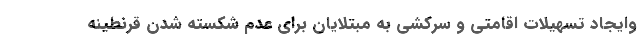
وایجاد تسهیلات اقامتی و سرکشی به مبتلایان برای عدم شکسته شدن قرنطینه